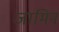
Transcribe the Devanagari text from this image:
जामिन